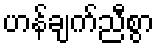
ဟန်ချက်ညီစွာ